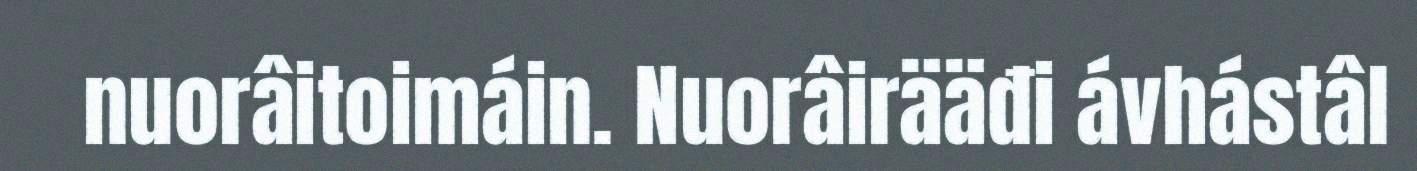
nuorâitoimáin. Nuorâirääđi ávhástâl